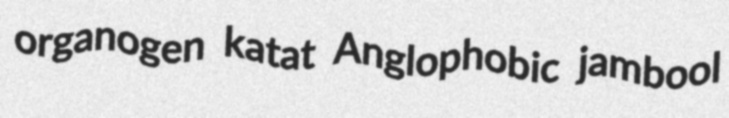
organogen katat Anglophobic jambool